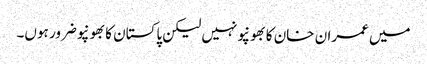
میں عمران خان کا بھونپو نہیں لیکن پاکستان کا بھونپو ضرور ہوں۔